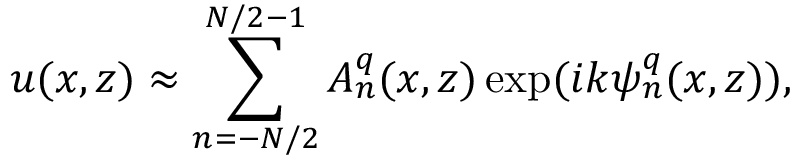
u ( x , z ) \approx \sum _ { n = - N / 2 } ^ { N / 2 - 1 } A _ { n } ^ { q } ( x , z ) \exp ( i k \psi _ { n } ^ { q } ( x , z ) ) ,